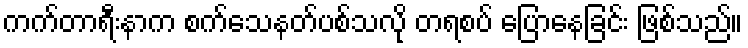
ကက်တာရီးနာက စက်သေနတ်ပစ်သလို တရစပ် ပြောနေခြင်း ဖြစ်သည်။